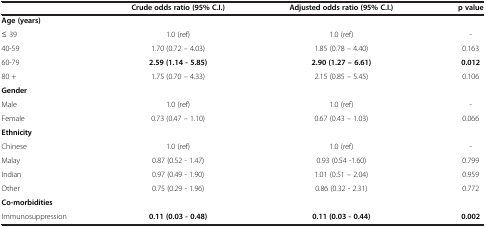
<table><thead><tr><td><b> </b></td><td><b>Crude odds ratio (95% C.I.)</b></td><td><b>Adjusted odds ratio (95% C.I.)</b></td><td><b>p value</b></td></tr></thead><tbody><tr><td><b>Age (years)</b></td><td> </td><td> </td><td> </td></tr><tr><td>≤ 39</td><td>1.0 (ref)</td><td>1.0 (ref)</td><td>-</td></tr><tr><td>40-59</td><td>1.70 (0.72 – 4.03)</td><td>1.85 (0.78 – 4.40)</td><td>0.163</td></tr><tr><td>60-79</td><td><b>2.59 (1.14 - 5.85)</b></td><td><b>2.90 (1.27 – 6.61)</b></td><td><b>0.012</b></td></tr><tr><td>80 +</td><td>1.75 (0.70 – 4.33)</td><td>2.15 (0.85 – 5.45)</td><td>0.106</td></tr><tr><td><b>Gender</b></td><td> </td><td> </td><td> </td></tr><tr><td>Male</td><td>1.0 (ref)</td><td>1.0 (ref)</td><td>-</td></tr><tr><td>Female</td><td>0.73 (0.47 – 1.10)</td><td>0.67 (0.43 – 1.03)</td><td>0.066</td></tr><tr><td><b>Ethnicity</b></td><td> </td><td> </td><td> </td></tr><tr><td>Chinese</td><td>1.0 (ref)</td><td>1.0 (ref)</td><td>-</td></tr><tr><td>Malay</td><td>0.87 (0.52 - 1.47)</td><td>0.93 (0.54 -1.60)</td><td>0.799</td></tr><tr><td>Indian</td><td>0.97 (0.49 - 1.90)</td><td>1.01 (0.51 – 2.04)</td><td>0.959</td></tr><tr><td>Other</td><td>0.75 (0.29 - 1.96)</td><td>0.86 (0.32 - 2.31)</td><td>0.772</td></tr><tr><td><b>Co-morbidities</b></td><td> </td><td> </td><td> </td></tr><tr><td>Immunosuppression</td><td><b>0.11 (0.03 - 0.48)</b></td><td><b>0.11 (0.03 - 0.44)</b></td><td><b>0.002</b></td></tr></tbody></table>